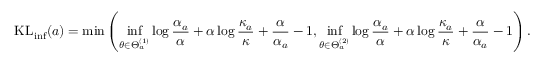
\mathrm { K L } _ { \mathrm { i n f } } ( a ) = \operatorname* { m i n } \left( \operatorname* { i n f } _ { \theta \in \Theta _ { a } ^ { ( 1 ) } } \log \frac { \alpha _ { a } } { \alpha } + \alpha \log \frac { \kappa _ { a } } { \kappa } + \frac { \alpha } { \alpha _ { a } } - 1 , \operatorname* { i n f } _ { \theta \in \Theta _ { a } ^ { ( 2 ) } } \log \frac { \alpha _ { a } } { \alpha } + \alpha \log \frac { \kappa _ { a } } { \kappa } + \frac { \alpha } { \alpha _ { a } } - 1 \right) .